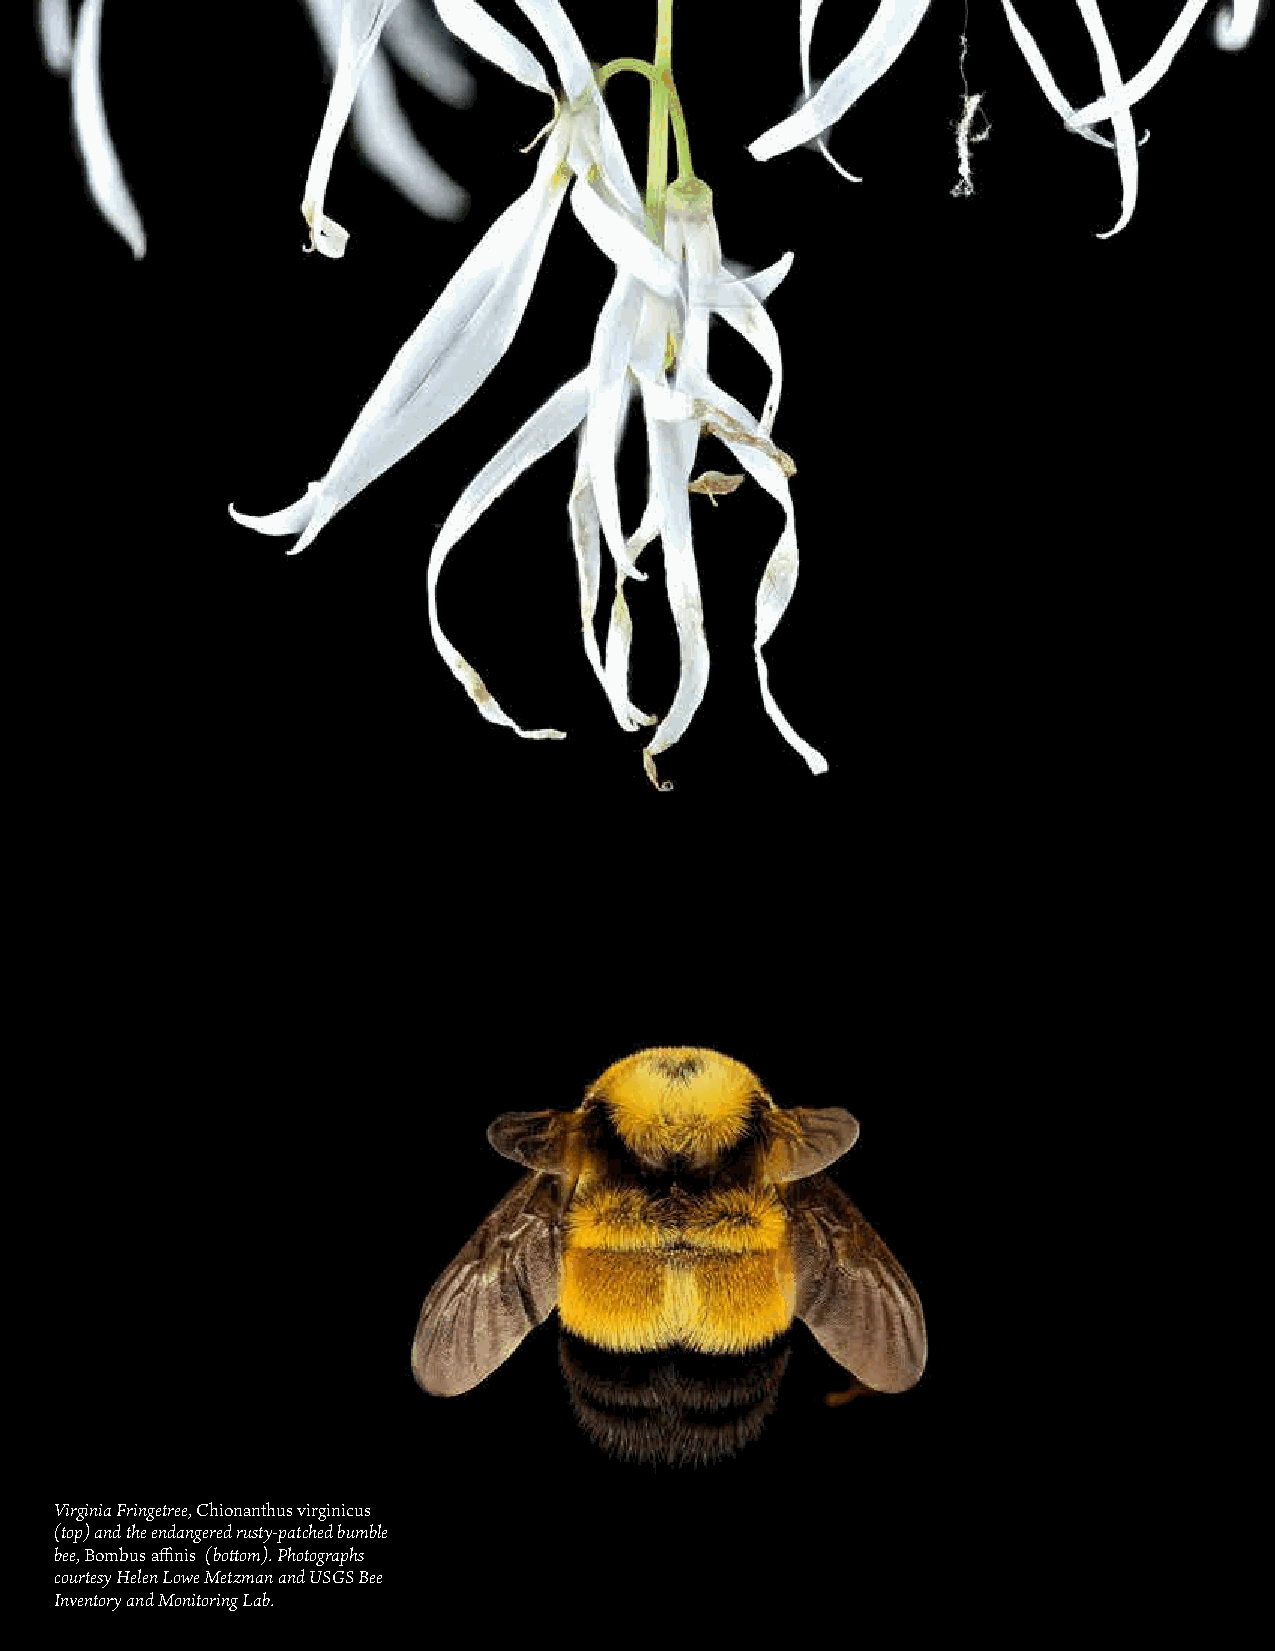
body
 Virginia Fringetree, Chionanthus virginicus
 (top) and the endangered rusty-patched bumble
 bee, Bombus affinis (bottom). Photographs
 courtesy Helen Lowe Metzman and USGS Bee
 Inventory and Monitoring Lab.
 2      POLLINATOR ACTION PLAN